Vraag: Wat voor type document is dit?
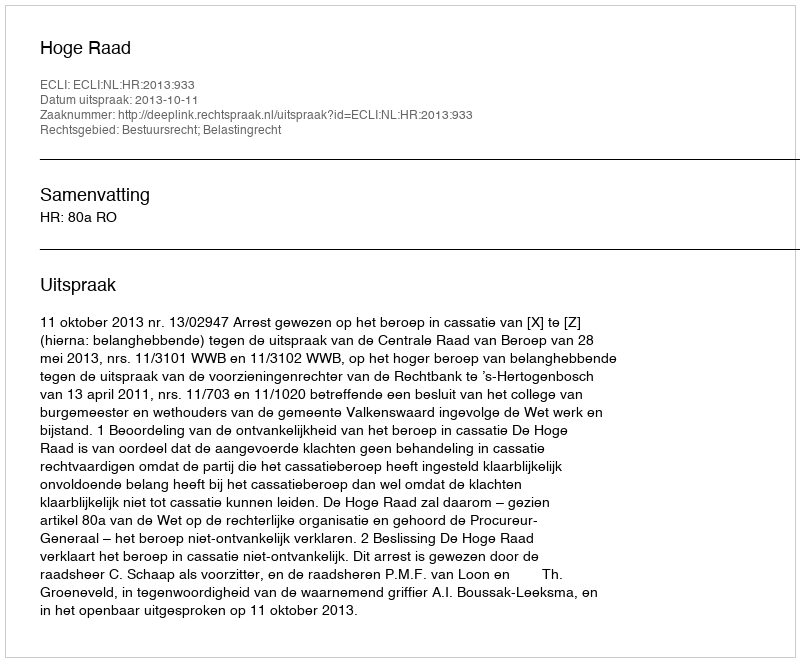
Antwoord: Uitspraak